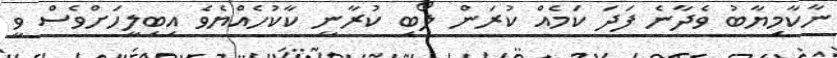
ނާކާމިޔާބު ވެދާނެ ފަދަ ކަމެއް ކުރަން ލޯބި ކުރާނީ ކާކުހެއްޔެވެ އިބިލީހަށްވެސް ވީ